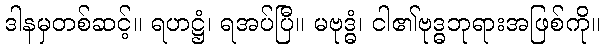
ဒါနမှတစ်ဆင့်။ ရဟဋ္ဌံ၊ ရအပ်ပြီ။ မဗုဒ္ဓံ၊ ငါ၏ဗုဒ္ဓဘုရားအဖြစ်ကို။